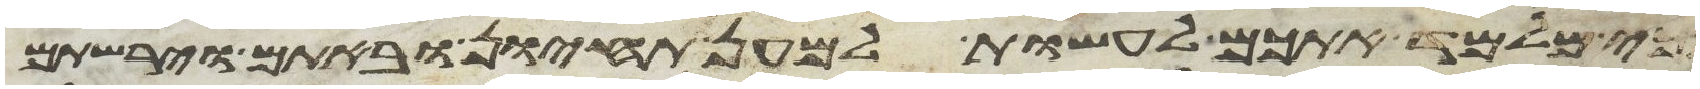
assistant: אנכי מלמד אתכם לעשות למען תחיון ובאתם וירשתם